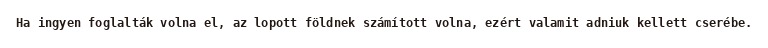
Ha ingyen foglalták volna el, az lopott földnek számított volna, ezért valamit adniuk kellett cserébe.